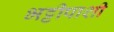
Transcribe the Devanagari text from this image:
भट्टीपाशी